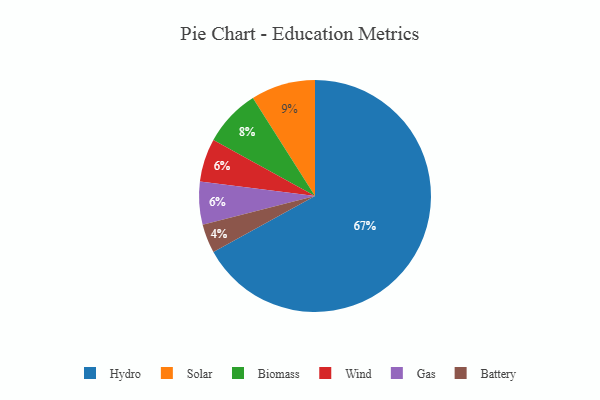
{"axis": {"x": "Category", "y": "Percentage"}, "legend": ["Battery", "Biomass", "Gas", "Hydro", "Solar", "Wind"], "data": [{"x": "Biomass", "y": 8, "type": "Biomass"}, {"x": "Hydro", "y": 67, "type": "Hydro"}, {"x": "Wind", "y": 6, "type": "Wind"}, {"x": "Gas", "y": 6, "type": "Gas"}, {"x": "Solar", "y": 9, "type": "Solar"}, {"x": "Battery", "y": 4, "type": "Battery"}]}